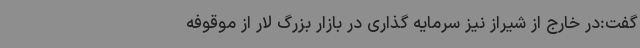
گفت:در خارج از شیراز نیز سرمایه گذاری در بازار بزرگ لار از موقوفه